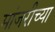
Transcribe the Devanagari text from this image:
मांजरीच्या